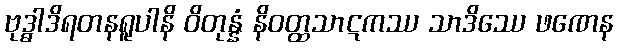
ဗုဒ္ဓါဒိရတနရူပါနိ ဝိတုန္နံ နိဝတ္ထသာဋကဿ သာဒိဿေ ဖဏေန